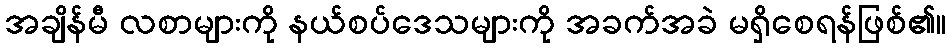
အချိန်မီ လစာများကို နယ်စပ်ဒေသများကို အခက်အခဲ မရှိစေရန်ဖြစ်၏။